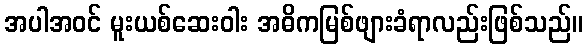
အပါအဝင် မူးယစ်ဆေးဝါး အဓိကမြစ်ဖျားခံရာလည်းဖြစ်သည်။